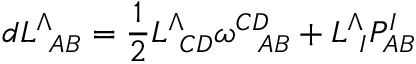
d L _ { \ A B } ^ { \Lambda } = { \frac { 1 } { 2 } } L _ { \ C D } ^ { \Lambda } \omega _ { \ \ A B } ^ { C D } + L _ { \ I } ^ { \Lambda } P _ { A B } ^ { I }